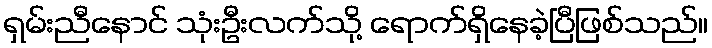
ရှမ်းညီနောင် သုံးဦးလက်သို့ ရောက်ရှိနေခဲ့ပြီဖြစ်သည်။